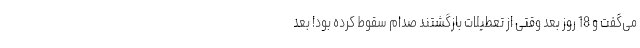
می‌گفت و 18 روز بعد وقتی از تعطیلات بازگشتند صدام سقوط کرده بود! بعد